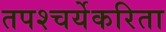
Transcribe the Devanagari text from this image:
तपश्चर्येकरिता